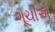
ગૂચીએ